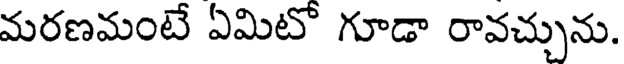
మరణమంటే ఏమిటో గూడా రావచ్చును.